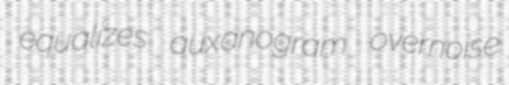
equalizes auxanogram overnoise